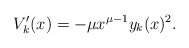
\begin{align*} V_k'(x)=-\mu x^{\mu-1}y_k(x)^2. \end{align*}